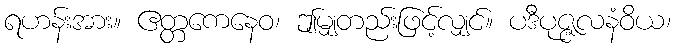
ရဟန်းအား။ ဧတ္တကေနေဝ၊ ဤမျှတည်းဖြင့်လျှင်။ ပဒီပုဇ္ဇလနံဝိယ၊